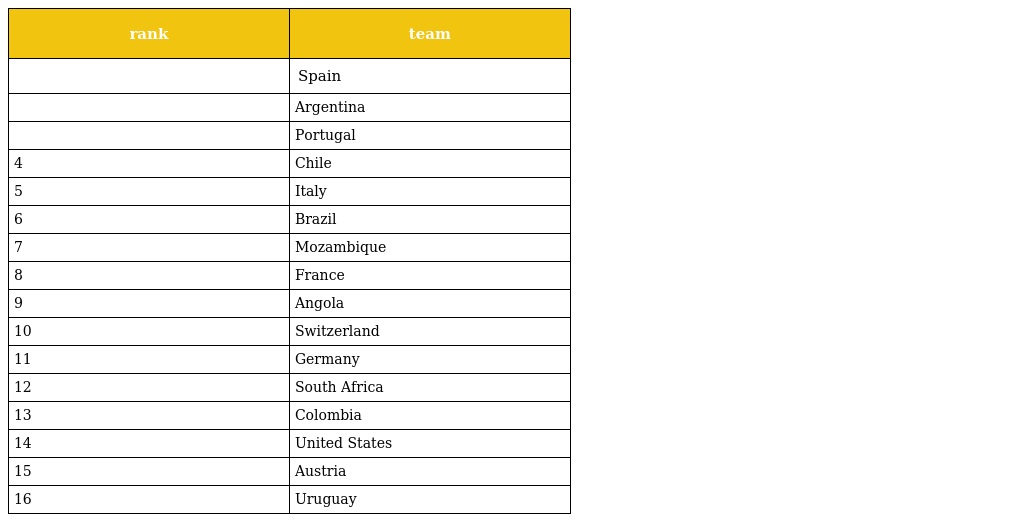
| rank | team |
 | --- | --- |
 |  | Spain |
 |  | Argentina |
 |  | Portugal |
 | 4 | Chile |
 | 5 | Italy |
 | 6 | Brazil |
 | 7 | Mozambique |
 | 8 | France |
 | 9 | Angola |
 | 10 | Switzerland |
 | 11 | Germany |
 | 12 | South Africa |
 | 13 | Colombia |
 | 14 | United States |
 | 15 | Austria |
 | 16 | Uruguay |